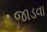
જાડવા